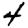
Digit: 4